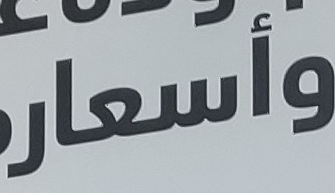
وأسعار